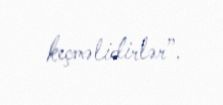
keçməlidirlər”.